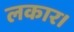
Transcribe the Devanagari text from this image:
लकार।